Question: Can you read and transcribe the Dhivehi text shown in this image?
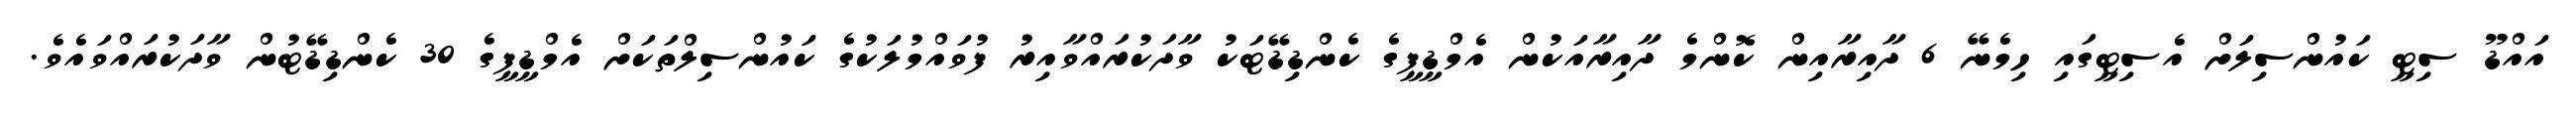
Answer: އައްޑޫ ސިޓީ ކައުންސިލަށް އެސިޓީގައި ހިމެނޭ 6 ދާއިރާއިން ކޮންމެ ދާއިރާއަކުން އެމްޑީޕީގެ ކެންޑިޑޭޓަކު ވާދަކުރައްވާއިރު ފުވައްމުލަކުގެ ކައުންސިލްތަކަށް އެމްޑީޕީގެ 30 ކެންޑިޑޭޓުން ވާދަކުރައްވައެވެ.